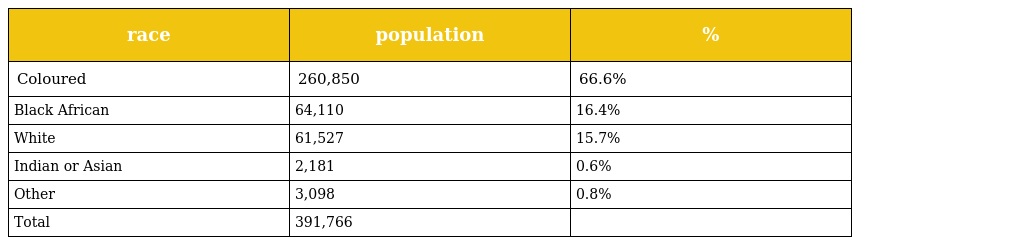
| race | population | % |
 | --- | --- | --- |
 | Coloured | 260,850 | 66.6% |
 | Black African | 64,110 | 16.4% |
 | White | 61,527 | 15.7% |
 | Indian or Asian | 2,181 | 0.6% |
 | Other | 3,098 | 0.8% |
 | Total | 391,766 |  |